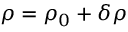
\rho = \rho _ { 0 } + \delta \rho